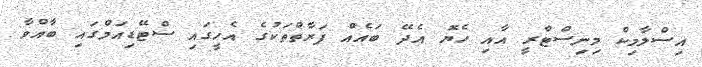
އިސްލާމިކް މިނިސްޓްރީ އާއި ހެޔޮ އެދޭ ބައެއް ފަރާތްތަކުގެ އެހީގައި ސްޓޭޑިއަމްގައި ބާއްވާ